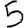
Digit: 5